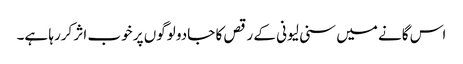
اس گانے میں سنی لیونی کے رقص کا جادو لوگوں پر خوب اثر کررہا ہے۔